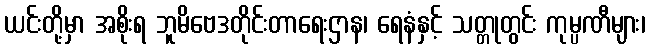
ယင်းတို့မှာ အစိုးရ ဘူမိဗေဒတိုင်းတာရေးဌာန၊ ရေနံနှင့် သတ္တုတွင်း ကုမ္ပဏီများ၊